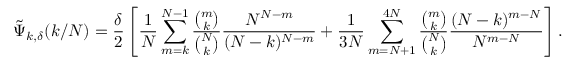
\tilde { \Psi } _ { k , \delta } ( k / N ) = \frac { \delta } { 2 } \left[ \frac { 1 } { N } \sum _ { m = k } ^ { N - 1 } \frac { { \binom { m } { k } } } { { \binom { N } { k } } } \frac { N ^ { N - m } } { ( N - k ) ^ { N - m } } + \frac { 1 } { 3 N } \sum _ { m = N + 1 } ^ { 4 N } \frac { { \binom { m } { k } } } { { \binom { N } { k } } } \frac { ( N - k ) ^ { m - N } } { N ^ { m - N } } \right] .